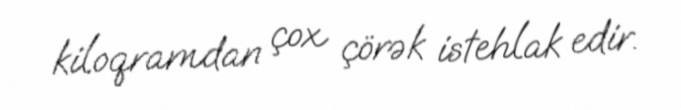
kiloqramdan çox çörək istehlak edir.